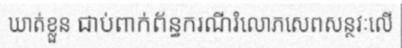
ឃាត់ខ្លួន ជាប់ពាក់ព័ន្ធករណីរំលោភសេពសន្ថវៈលើ